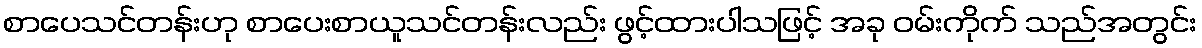
စာပေသင်တန်းဟု စာပေးစာယူသင်တန်းလည်း ဖွင့်ထားပါသဖြင့် အခု ဝမ်းကိုက် သည်အတွင်း